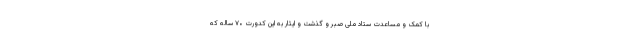
با کمک و مساعدت ستاد ملی صبر و گذشت و ایثار به این کدورت ۷۰ ساله که